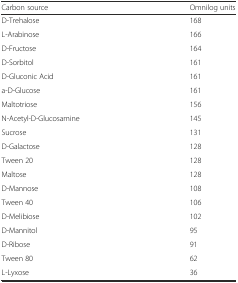
<table><thead><tr><td><b>Carbon source</b></td><td><b>Omnilog units</b></td></tr></thead><tbody><tr><td>D-Trehalose</td><td>168</td></tr><tr><td>L-Arabinose</td><td>166</td></tr><tr><td>D-Fructose</td><td>164</td></tr><tr><td>D-Sorbitol</td><td>161</td></tr><tr><td>D-Gluconic Acid</td><td>161</td></tr><tr><td>a-D-Glucose</td><td>161</td></tr><tr><td>Maltotriose</td><td>156</td></tr><tr><td>N-Acetyl-D-Glucosamine</td><td>145</td></tr><tr><td>Sucrose</td><td>131</td></tr><tr><td>D-Galactose</td><td>128</td></tr><tr><td>Tween 20</td><td>128</td></tr><tr><td>Maltose</td><td>128</td></tr><tr><td>D-Mannose</td><td>108</td></tr><tr><td>Tween 40</td><td>106</td></tr><tr><td>D-Melibiose</td><td>102</td></tr><tr><td>D-Mannitol</td><td>95</td></tr><tr><td>D-Ribose</td><td>91</td></tr><tr><td>Tween 80</td><td>62</td></tr><tr><td>L-Lyxose</td><td>36</td></tr></tbody></table>